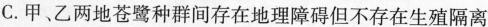
C.甲、乙两地苍鹭种群间存在地理障碍但不存在生殖隔离